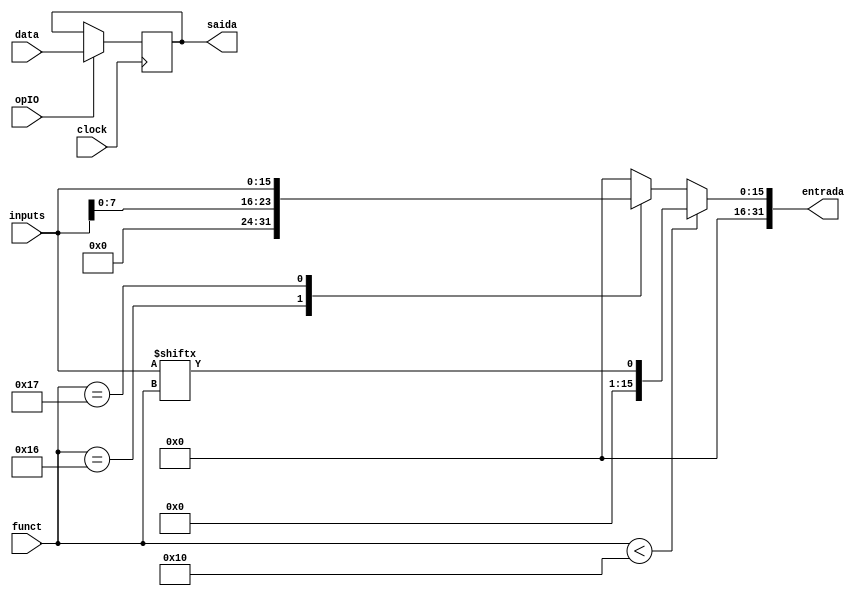
module IOModule(inputs, data, entrada, saida, opIO, clock, funct);

	output reg [31:0]entrada;
	output [31:0] saida;
	
	input [15:0] inputs;
	input [31:0] data;
	input [5:0] funct;
	input clock, opIO;
	
	
	reg [31:0] mem_out;
	
	//saida
	always@(posedge clock)
	begin
		if(opIO==1)
			mem_out <= data;
	end
	
	assign saida = mem_out;//saida que será conectada ao conversor BCD
	
	//entrada
	
	always@(inputs, funct)
	begin
		if(funct<5'd16)
			begin
				entrada = {31'b0,inputs[funct]};//ler a entrada na posição informada pelo funct(0-21)
			end
		else
		begin
			case(funct)
				5'b010110: entrada = {24'b0,inputs[7:0]};//ler valor de 8 bits, pega as primeiras 8 alavancas
				5'b010111: entrada = {16'b0,inputs[15:0]};//ler valor de 16 bits, pega as primeiras 16 alavancas
				default: entrada = 32'd0;
			endcase
		end
	end
endmodule